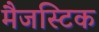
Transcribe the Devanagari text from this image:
मैजस्टिक